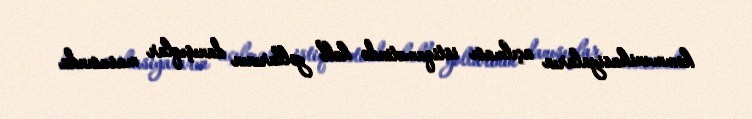
kommunikasiyaların açılması istiqamətində həll yollarının danışıqlar masasında